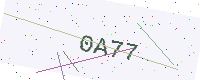
Text: 0A77